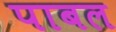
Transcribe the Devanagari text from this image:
पाबल